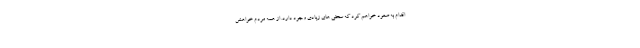
اقدام به صعود خواهم کرد که سختی های زیادی وجود دارد. از همه مردم خواهش